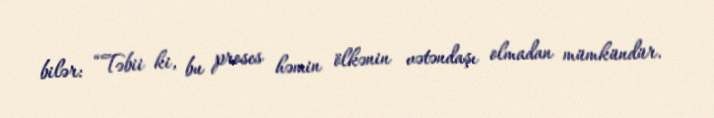
bilər: “Təbii ki, bu proses həmin ölkənin vətəndaşı olmadan mümkündür.